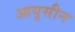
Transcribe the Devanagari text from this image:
आयुसीन